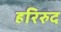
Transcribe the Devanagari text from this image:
हरिरुद